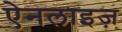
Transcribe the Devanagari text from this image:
ऐनलाइज़